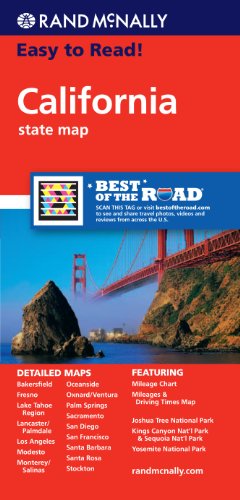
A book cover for Rand McNally Easy to Read! California State Map; Rand McNally; Reference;